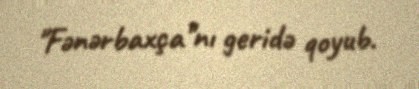
"Fənərbaxça"nı geridə qoyub.